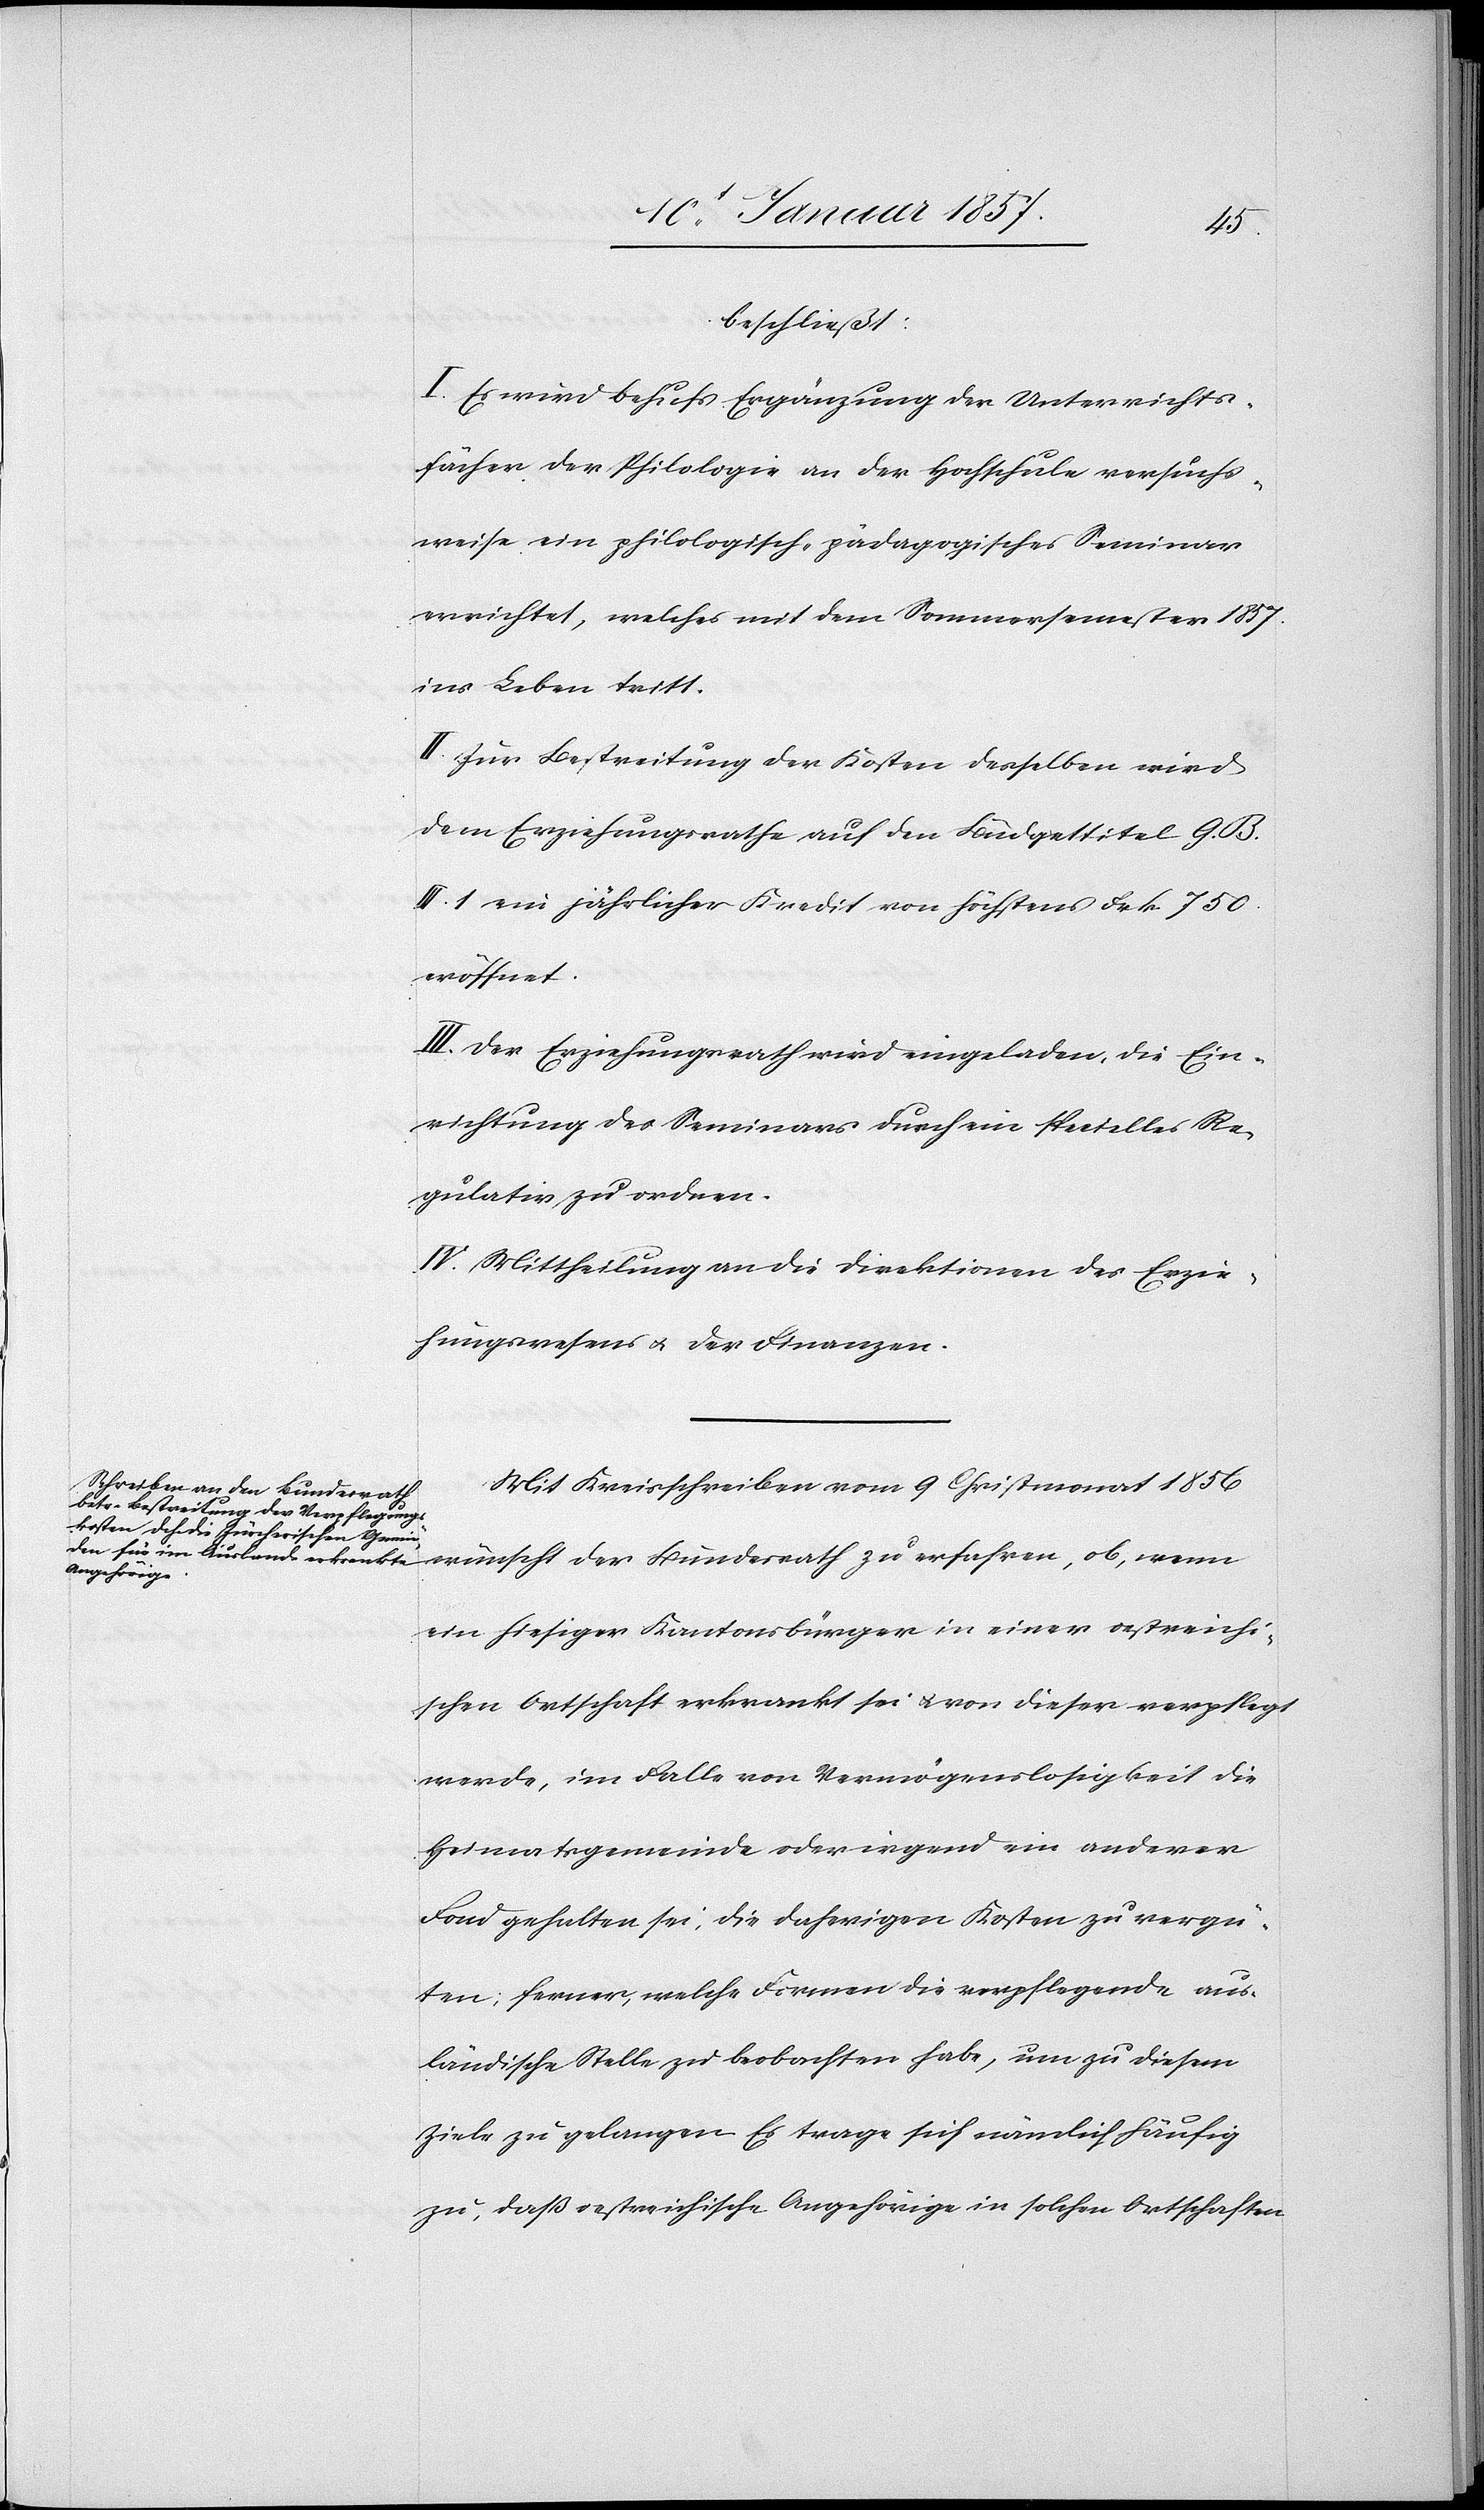
beschließt:
I. Es wird behufs Ergänzung der Unterrichts¬
fächer der Philologie an der Hochschule versuchs¬
weise ein philologisch-pädagogisches Seminar
errichtet, welches mit dem Sommersemester 1857
ins Leben tritt.
II. Zur Bestreitung der Kosten desselben wird
dem Erziehungsrathe auf den Budgettitel G.
III. 1 ein jährlicher Kredit von höchstens Frk. 750
eröffnet.
III. Der Erziehungsrath wird eingeladen, die Ein¬
richtung des Seminars durch ein specielles Re¬
gulativ zu ordnen.
IV. Mittheilung an die Direktion des Erzie¬
hungswesens & der Finanzen.
Mit Kreisschreiben vom 9 Christmonat 1856
ein hiesiger Kantonsbürger in einer oestreichi¬
schen Ortschaft erkrankt sei & von dieser verpflegt
werde, im Falle von Vermögenslosigkeit die
Heimatsgemeinde oder irgend ein anderer
Fond gehalten sei, die daherigen Kosten zu vergü¬
ten; ferner, welche Formen die verpflegende aus¬
ländische Stelle zu beobachten habe, um zu diesem
Ziele zu gelangen. Es trage sich nämlich häufig
zu, daß oestreichische Angehörige in solchen Ortschaften